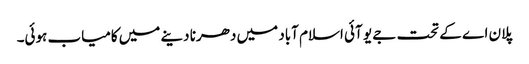
پلان اے کے تحت جے یو آئی اسلام آباد میں دھرنا دینے میں کامیاب ہوئی۔